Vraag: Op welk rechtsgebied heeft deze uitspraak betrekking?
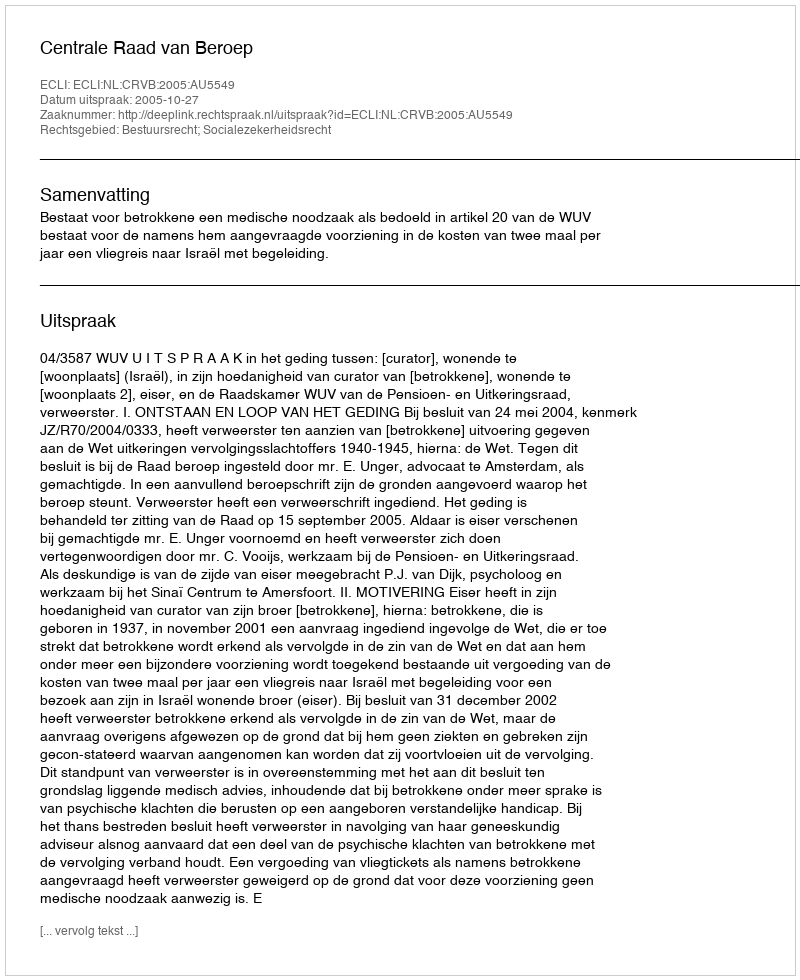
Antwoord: Bestuursrecht; Socialezekerheidsrecht